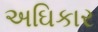
અઘિકાર